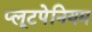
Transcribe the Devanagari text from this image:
प्लूटपेनियम